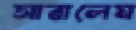
সারালেম